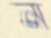
ন